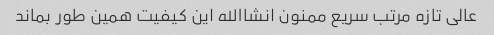
عالی تازه مرتب سریع ممنون انشاالله این کیفیت همین طور بماند